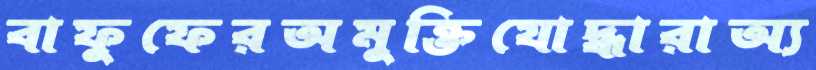
বাফুফেরঅমুক্তিযোদ্ধারাঅ্য